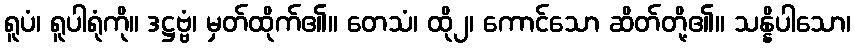
ရူပံ၊ ရူပါရုံကို။ ဒဋ္ဌဗ္ဗံ၊ မှတ်ထိုက်၏။ တေသံ၊ ထို၂၊ ကောင်သော ဆိတ်တို့၏။ သန္နိပါသော၊